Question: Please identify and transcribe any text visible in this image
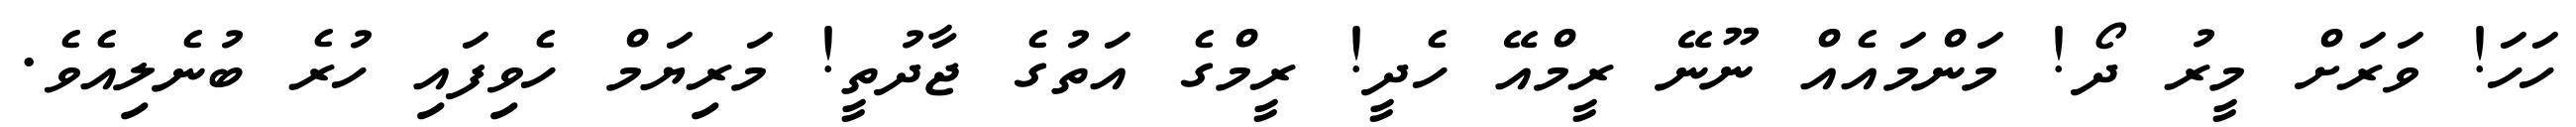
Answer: ހަހަ! ވަރަށް މީރު ދޯ! މަންމައެއް ނޫނޭ ރީމްއޭ ހެދީ! ރީމްގެ އަތުގެ ޖާދުތީ! މަރިޔަމް ހެވިފައި ހުރެ ބުނެލިއެވެ.